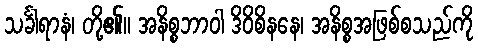
သင်္ခါရာနံ၊ တို့၏။ အနိစ္စဘာဝါ ဒိဝိစိနနေ၊ အနိစ္စအဖြစ်စသည်ကို